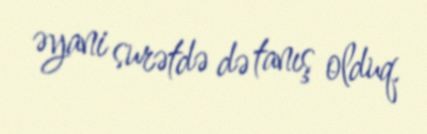
əyani surətdə də tanış olduq.